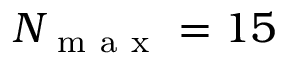
N _ { \mathrm { ~ m ~ a ~ x ~ } } = 1 5